65_HS1-834228961_62-HQ-83894_Section_9
Agency: FBI
Page 28
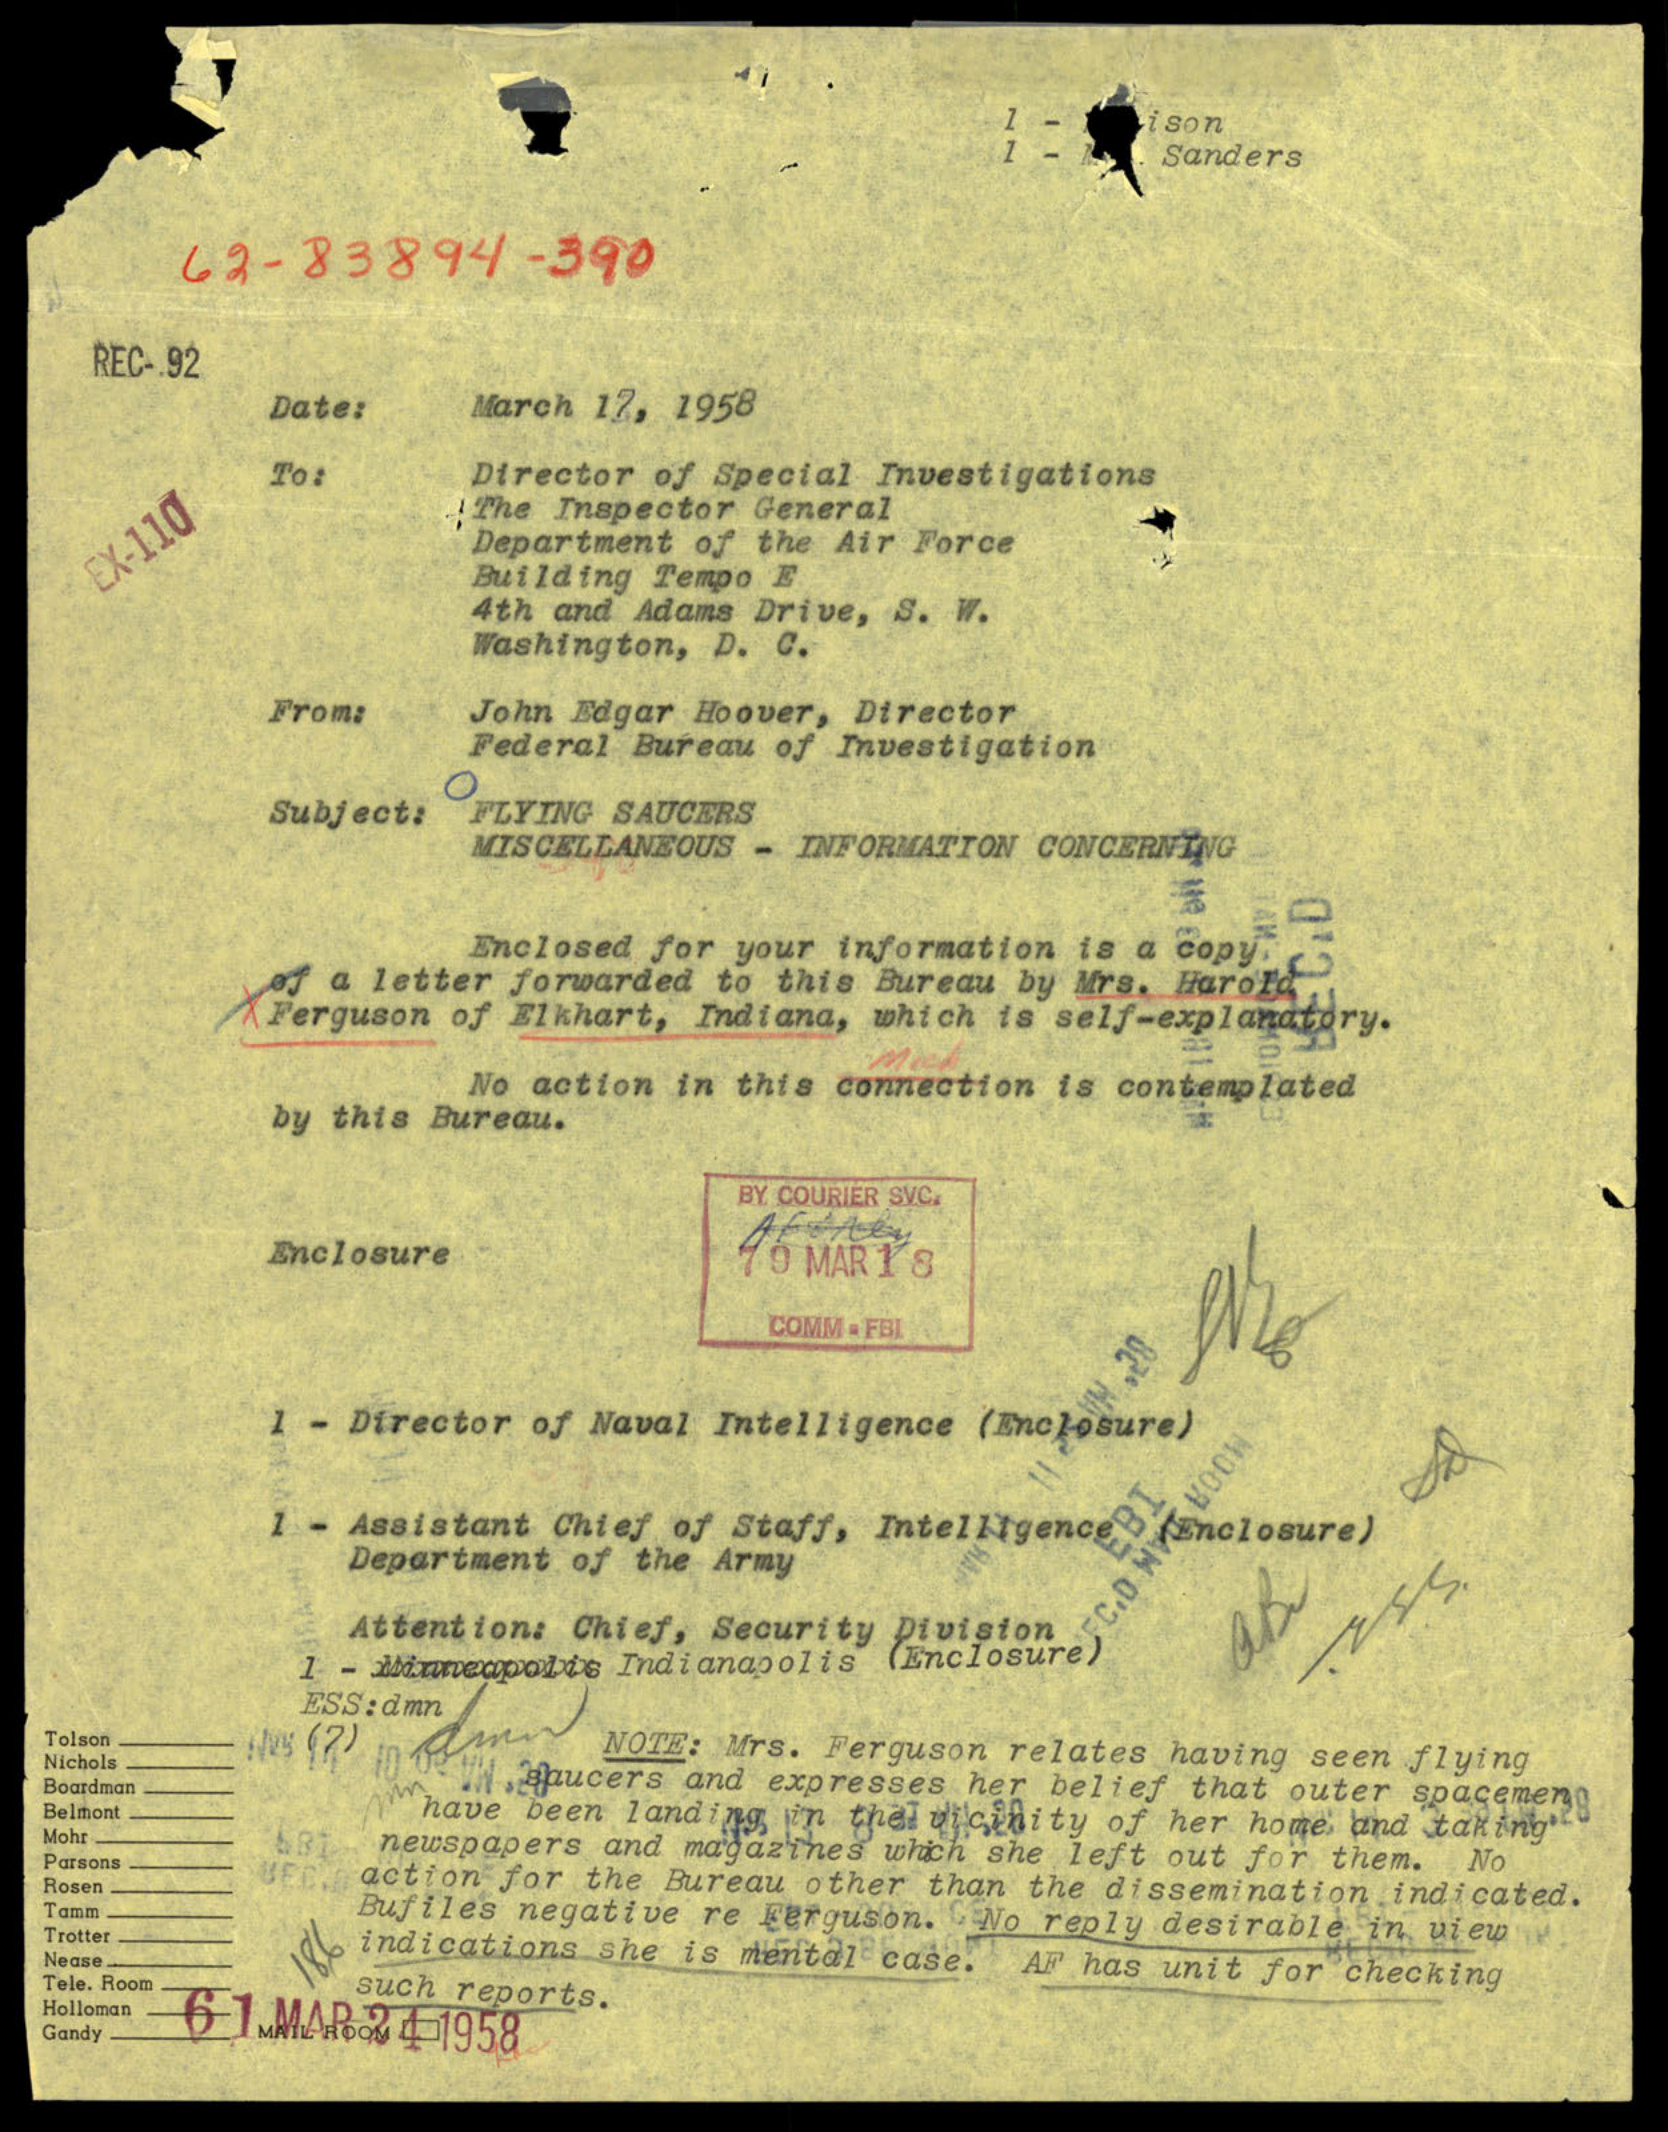